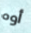
أوه